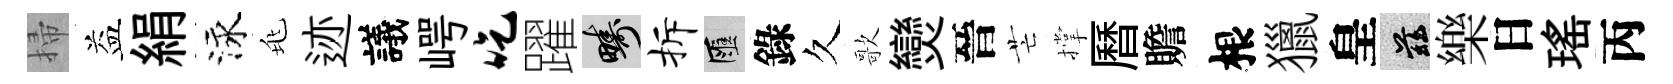
掃益絹泳兆迹議崿吃躍疇拆匯錄久歌𤓖晉芒撑曆贍根獵皇兹樂日瑤丙